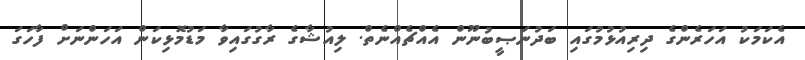
އެކަމަކު އަހަރެންގެ ދިރިއުޅުމުގައި ބަދުނަޞީބުނޫން އެއްޗެއްނެތް. ލިއުޝާގެ ރާގުގައިވާ މަޑުމޮޅިކަން އަހަންނަށް ފާހަގަ